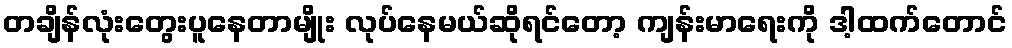
တချိန်လုံးတွေးပူနေတာမျိုး လုပ်နေမယ်ဆိုရင်တော့ ကျန်းမာရေးကို ဒါ့ထက်တောင်